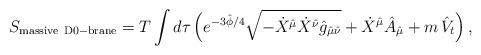
\begin{align*}S_{\rm massive\ D0-brane}=T\int d\tau\,\Big(e^{-3\hat{\phi}/4}\sqrt{-\dot{X}^{\hat{\mu}}\dot{X}^{\hat{\nu}} \hat{g}_{\hat{\mu}\hat{\nu}}}+\dot{X}^{\hat{\mu}} \hat{A}_{\hat{\mu}}+m\,\hat{V}_t\Big)\,,\end{align*}